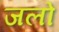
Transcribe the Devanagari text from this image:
जलो